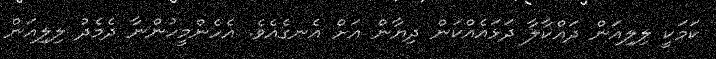
ކަމަކީ ލިލިއަން ދައްކާލާ ދަޅައެއްކަން ދިޔާން އަށް އެނގެއެވެ. އެހެންމީހުންނާ ދެމެދު ލިލިއަން